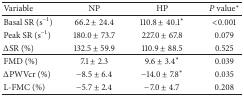
<table><thead><tr><td><b>Variable</b></td><td><b>NP</b></td><td><b>HP</b></td><td><b><i>P</i> value<sup><i>∗</i></sup></b></td></tr></thead><tbody><tr><td>Basal SR (s<sup>−1</sup>)</td><td>66.2 ± 24.4</td><td>110.8 ± 40.1<sup><i>∗</i></sup></td><td>&lt;0.001</td></tr><tr><td>Peak SR (s<sup>−1</sup>)</td><td>180.0 ± 73.7</td><td>227.0 ± 67.8</td><td>0.079</td></tr><tr><td>ΔSR (%)</td><td>132.5 ± 59.9</td><td>110.9 ± 88.5</td><td>0.525</td></tr><tr><td>FMD (%)</td><td>7.1 ± 2.3</td><td>9.6 ± 3.4<sup><i>∗</i></sup></td><td>0.039</td></tr><tr><td>ΔPWVcr (%)</td><td>−8.5 ± 6.4</td><td>−14.0 ± 7.8<sup><i>∗</i></sup></td><td>0.035</td></tr><tr><td>L-FMC (%)</td><td>−5.7 ± 2.4</td><td>−7.0 ± 4.7</td><td>0.208</td></tr></tbody></table>